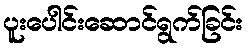
ပူးပေါင်းဆောင်ရွက်ခြင်း